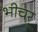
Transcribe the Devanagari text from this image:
भीचर्